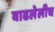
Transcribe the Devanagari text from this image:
वाढलेलीच